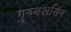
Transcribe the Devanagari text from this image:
गुरुबक्षसिंग